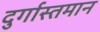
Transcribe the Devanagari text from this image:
दुर्गास्तमान